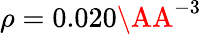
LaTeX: \rho=0.020\AA^{-3}